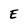
Character: E